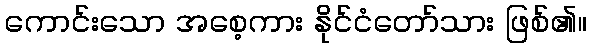
ကောင်းသော အစေ့ကား နိုင်ငံတော်သား ဖြစ်၏။